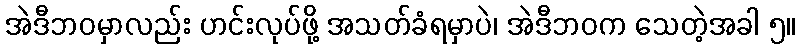
အဲဒီဘဝမှာလည်း ဟင်းလုပ်ဖို့ အသတ်ခံရမှာပဲ၊ အဲဒီဘဝက သေတဲ့အခါ ၅။